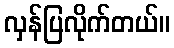
လှန်ပြလိုက်တယ်။